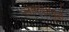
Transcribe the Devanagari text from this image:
लाकडांमुळे